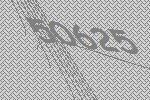
50625